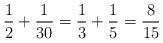
LaTeX: \begin{align*}\frac{1}{2} + \frac{1}{30} = \frac{1}{3} + \frac{1}{5} = \frac{8}{15} \end{align*}